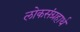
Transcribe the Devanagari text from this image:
लोकसंग्रहार्थ